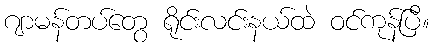
ဂျာမန်တပ်တွေ ရိုင်းလင်းနယ်ထဲ ဝင်ကုန်ပြီ။